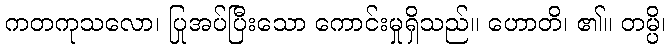
ကတကုသလော၊ ပြုအပ်ပြီးသော ကောင်းမှုရှိသည်။ ဟောတိ၊ ၏။ တမ္ပိ၊